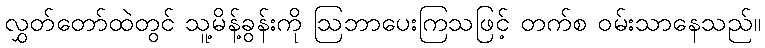
လွှတ်တော်ထဲတွင် သူ့မိန့်ခွန်းကို ဩဘာပေးကြသဖြင့် တက်စ ဝမ်းသာနေသည်။